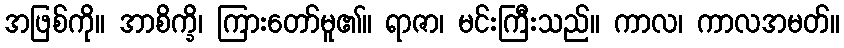
အဖြစ်ကို။ အာစိက္ခိ၊ ကြားတော်မူ၏။ ရာဇာ၊ မင်းကြီးသည်။ ကာလ၊ ကာလအမတ်။